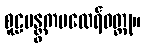
စူဠပန္တွကမထေရ်ဝတ္ထု။